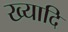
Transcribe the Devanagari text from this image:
ख्यादि